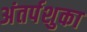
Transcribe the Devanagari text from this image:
अंतर्पशुका